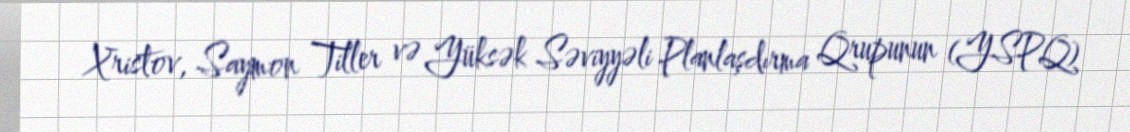
Xristov, Saymon Tiller və Yüksək Səviyyəli Planlaşdırma Qrupunun (YSPQ)